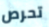
تحرص